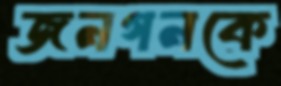
জনগনকে